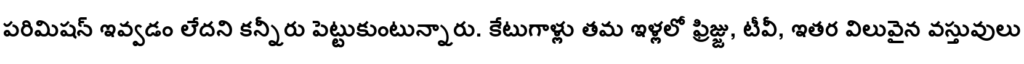
పరిమిషన్ ఇవ్వడం లేదని కన్నీరు పెట్టుకుంటున్నారు. కేటుగాళ్లు తమ ఇళ్లలో ఫ్రిజ్జు, టీవీ, ఇతర విలువైన వస్తువులు